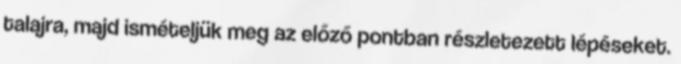
talajra, majd ismételjük meg az előző pontban részletezett lépéseket.